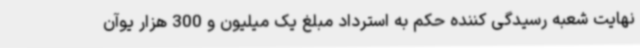
نهایت شعبه رسیدگی کننده حکم به استرداد مبلغ یک میلیون و 300 هزار یوآن